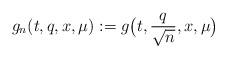
LaTeX: \begin{align*}g_n(t,q, x,\mu):= g\big(t, \frac{q}{\sqrt{n}}, x, \mu\big)\end{align*}